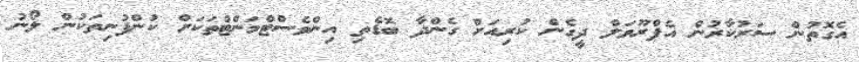
އެގޮތުން ސަރުކާރުން އެޕްރޫވަލް ދީގެން ކުރިއަށް ގެންދާ ބޮޑެތި އިންވެސްޓްމަންޓްތަކަށް ކުންފުނިތަކުން ލޯނު